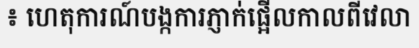
៖ ហេតុការណ៍បង្កការភ្ញាក់ផ្អើលកាលពីវេលា